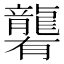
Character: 𪚞